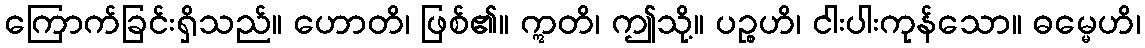
ကြောက်ခြင်းရှိသည်။ ဟောတိ၊ ဖြစ်၏။ ဣတိ၊ ဤသို့။ ပဉ္စဟိ၊ ငါးပါးကုန်သော။ ဓမ္မေဟိ၊